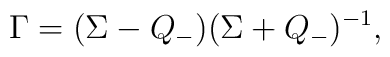
\Gamma =(\Sigma -Q_{-})(\Sigma +Q_{-})^{-1},